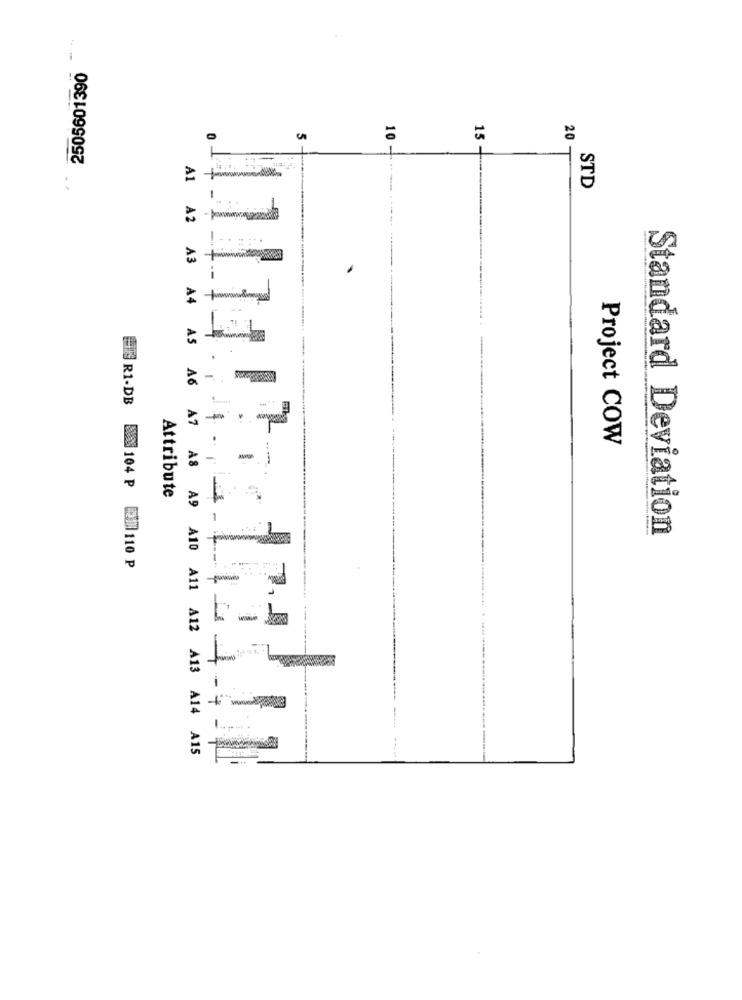
--
2505601390
10
20
15-
..
STD
E R1-DB
Project COW
-i
104 P
Attribute
1
Standard Deviation
[21]110 P
-
+
A1 A2 A3 A4 A5 A6 A7 A8 A9 A10 A11 A12 A13 A14 A15
-